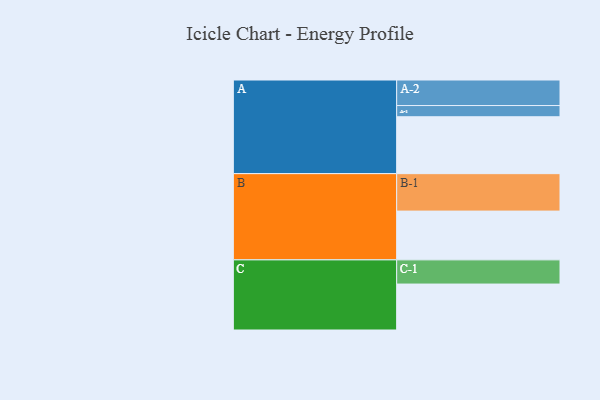
{"axis": {"x": "Segment", "y": "Value"}, "legend": ["", "A", "B", "C"], "data": [{"x": "A", "y": 421, "type": ""}, {"x": "B", "y": 361, "type": ""}, {"x": "C", "y": 340, "type": ""}, {"x": "A-1", "y": 83, "type": "A"}, {"x": "A-2", "y": 189, "type": "A"}, {"x": "B-1", "y": 277, "type": "B"}, {"x": "C-1", "y": 179, "type": "C"}]}